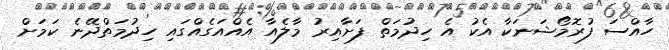
ހާއްސަ ފުރޮމޯޝަނަކާ އެކު އެ ހިދުމަތް ފަށާއިރު މާލެއާ އެއްއަގެއްގައި ހިދުމަތްދޭނެ ކަމަށް